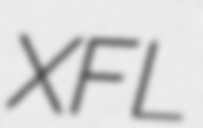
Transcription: XFL